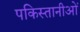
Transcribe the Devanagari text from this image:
पकिस्तानीओं